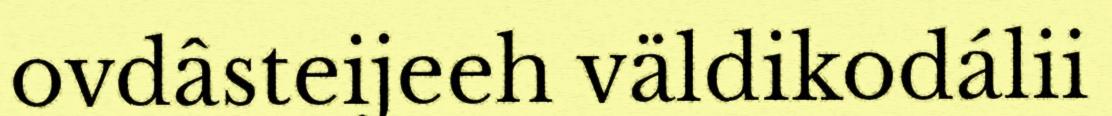
ovdâsteijeeh väldikodálii